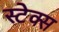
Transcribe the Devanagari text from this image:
स्टेक्स